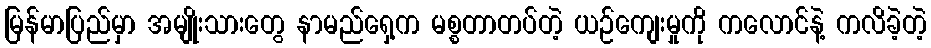
မြန်မာပြည်မှာ အမျိုးသားတွေ နာမည်ရှေ့က မစ္စတာတပ်တဲ့ ယဉ်ကျေးမှုကို ကလောင်နဲ့ ကလိခဲ့တဲ့